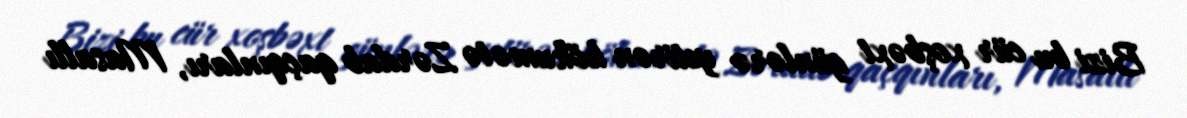
Bizi bu cür xoşbəxt günlərə yetirən hökumətə Zərdab qaçqınları, Masallı